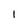
Character: 1